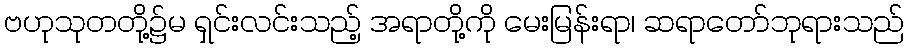
ဗဟုသုတတို့၌မ ရှင်းလင်းသည့် အရာတို့ကို မေးမြန်းရာ၊ ဆရာတော်ဘုရားသည်